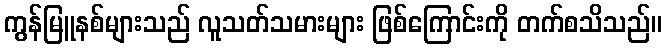
ကွန်မြူနစ်များသည် လူသတ်သမားများ ဖြစ်ကြောင်းကို တက်စသိသည်။